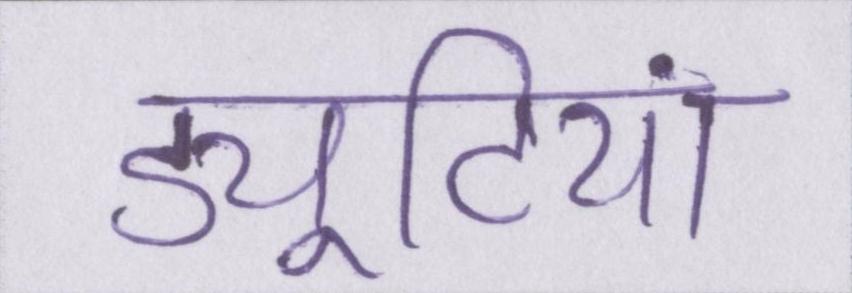
ड्यूटियां